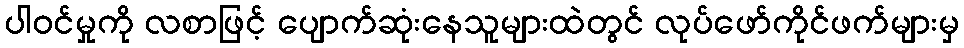
ပါဝင်မှုကို လစာဖြင့် ပျောက်ဆုံးနေသူများထဲတွင် လုပ်ဖော်ကိုင်ဖက်များမှ